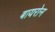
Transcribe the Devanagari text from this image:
बायरोन